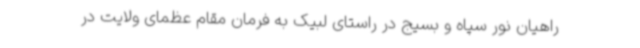
راهیان نور سپاه و بسیج در راستای لبیک به فرمان مقام عظمای ولایت در